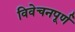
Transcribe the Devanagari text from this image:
विवेचनपूर्ण